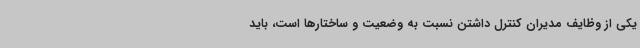
یکی از وظایف مدیران کنترل داشتن نسبت به وضعیت و ساختارها است، باید